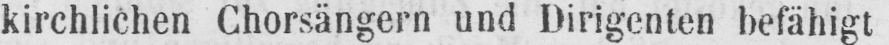
kirchlichen Chorsängern und Dirigenten befähigt